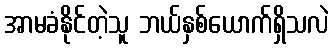
အာမခံနိုင်တဲ့သူ ဘယ်နှစ်ယောက်ရှိသလဲ